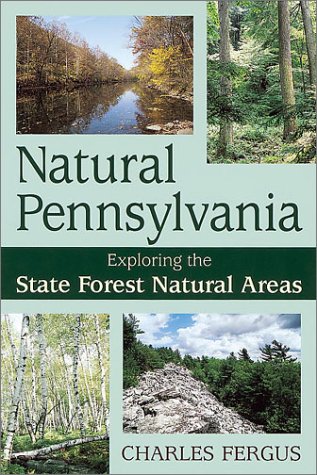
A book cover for Natural Pennsylvania: Exploring the State Forest Natural Areas; Charles Fergus; Travel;